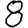
Digit: 8